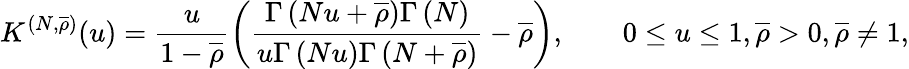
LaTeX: K^{(N,\overline{{\rho}})}(u)=\frac{u}{1-\overline{{\rho}}}\left(\frac{\Gamma\left(Nu+\overline{{\rho}}\right)\Gamma\left(N\right)}{u\Gamma\left(Nu\right)\Gamma\left(N+\overline{{\rho}}\right)}-\overline{{\rho}}\right),\qquad 0\le u\le 1,\overline{{\rho}}>0,\overline{{\rho}}\neq 1,